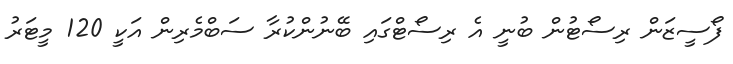
ފޯސީޒަން ރިސޯޓުން ބުނީ އެ ރިސޯޓްގައި ބޭނުންކުރާ ސަބްމެރިން އަކީ 120 މީޓަރު